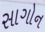
સાગોન